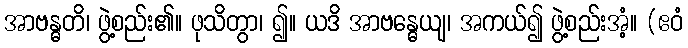
အာဗန္ဓတိ၊ ဖွဲ့စည်း၏။ ဖုသိတွာ၊ ၍။ ယဒိ အာဗန္ဓေယျ၊ အကယ်၍ ဖွဲ့စည်းအံ့။ (ဧဝံ